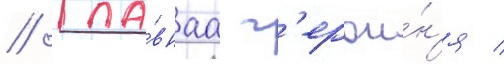
// Гла́внаа г'ерои́н'я /